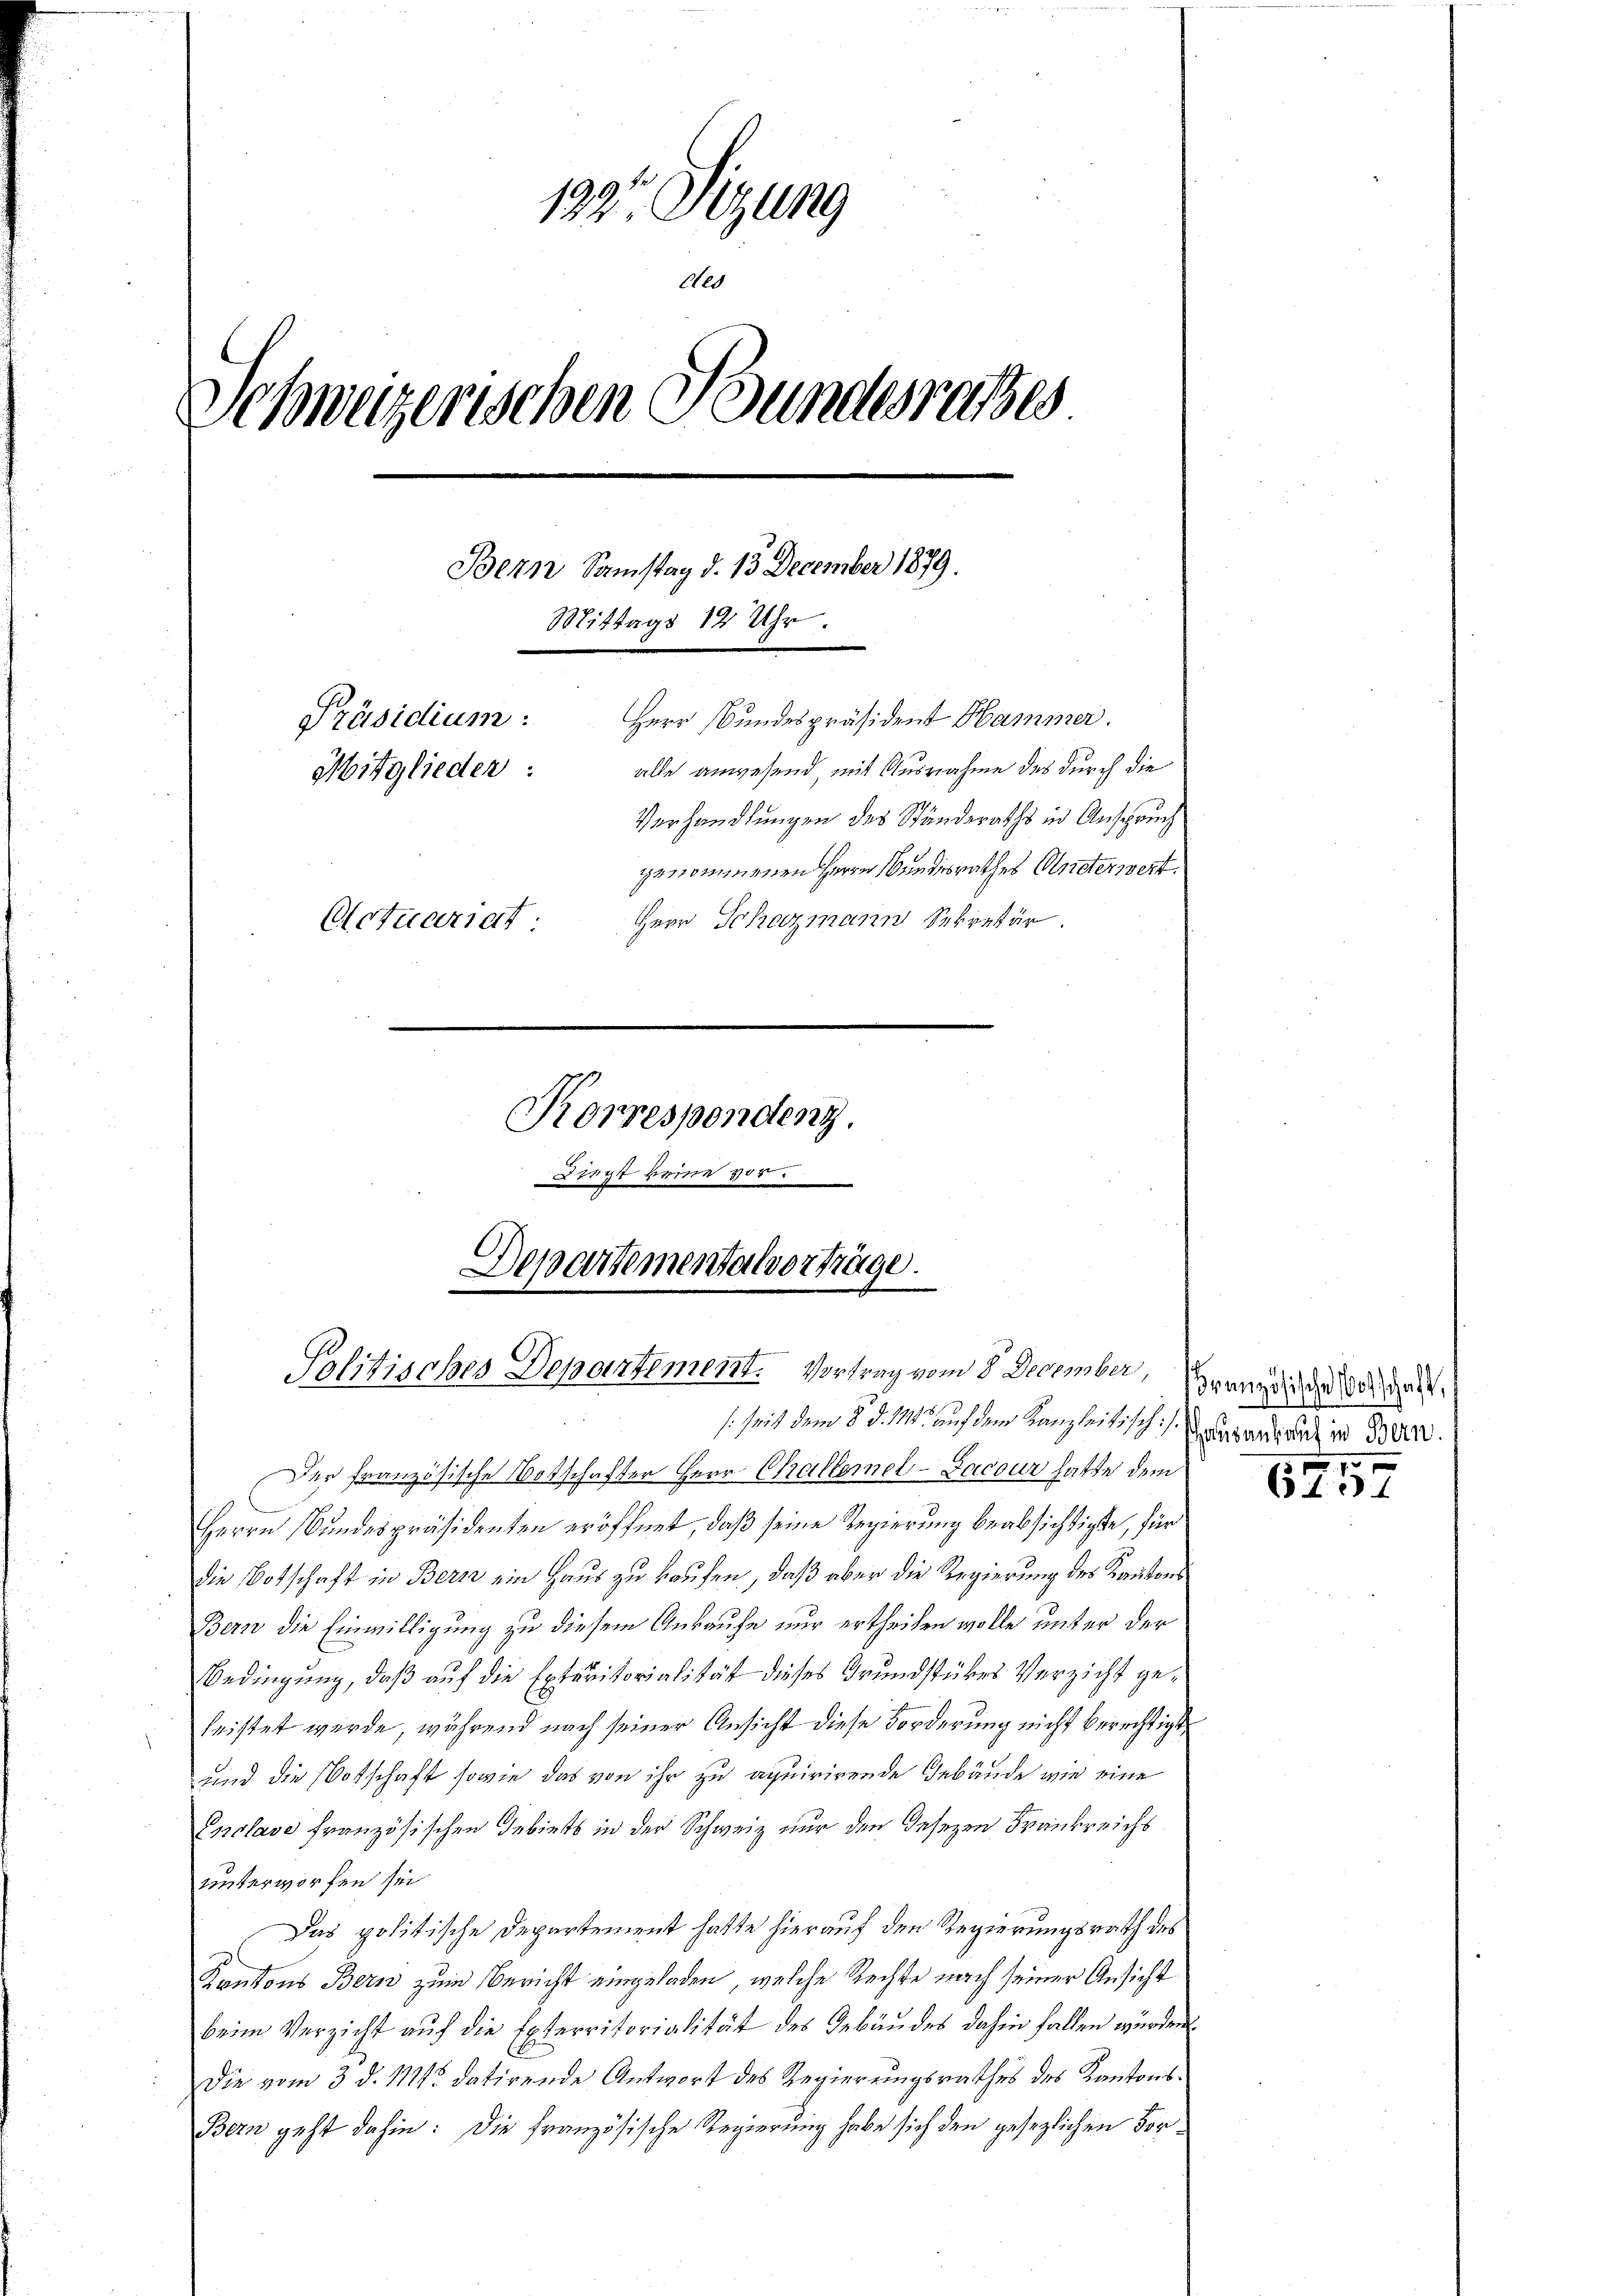
129. Sizung
des
Schweizerischen Bundesrathes
Bern Samstag d. 13 December 1879.
Mittags 12 Uhr.
Präsidium: Herr Bundespräsident Hammer.
alle anwesend mit Ausnahme des durch die
Mitglieder:
Verhandlungen des Stunderaths in Anspruch
genommenen Herrn Bundesrathes Ansterwert.
Herr Schazmann Sekretär
Actuariat
Korrespendenz.
Diegt keine 200.

Departementalvorträge.
Politisches Departement. Vortrag vom 8. December

(seit dem 8. d. 111 auf dem Kanzleitisch).
Der französische Botschafter Herr Challemel-Bacour hatte dem
Herrn Bundespräsidenten eröffnet, daß seine Regierung beabsichtigte, für
die Botschaft in Berz ein Haus zu kaufen, daß aber die Regierung des Kantons
Bern die Einwilligung zu diesem Ankaufe nur ertheilen wolle unter der
Bedingung, daß auf die Exteritorialität dieses Grundstückes Verzicht geleistet werde, während nach seiner Ansicht diese Forderung nicht berechtigt
und die Botschaft sowie das von ihr zu aquirirende Gebäude wie eine
Enclave französischen Gebiets in der Schweiz nur den Gesetzen Frankreichs
unterworfen sei
Das politische Departement hatte hierauf den Regierungsrath des
Kantons Bern zum Bericht eingeladen, welche Rechte nach seiner Ansicht
beim Verzicht aŭf die Exterritorialität des Gebäŭdes dahin fallen würden.
Die vom 3. d. M. datirende Antwort des Regierungsrathes des Kantons¬
Bern geht dahin: Die französische Regierung habe sich den gesezlichen Vor¬

Französische Vorschaft,
Haus ankauf in Bern.

1
6437